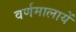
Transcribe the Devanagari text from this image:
वर्णमालायें